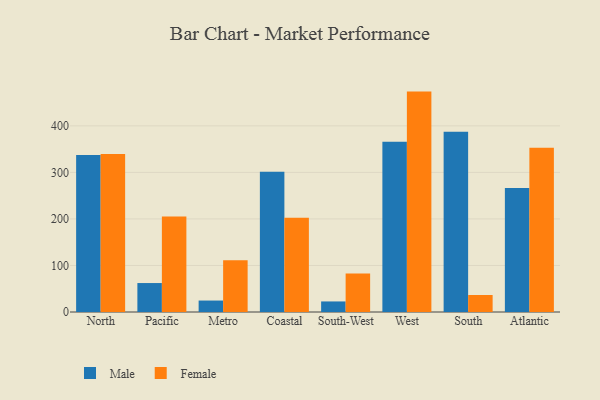
{"axis": {"x": "Region", "y": "Conversion Rate (%)"}, "legend": ["Female", "Male"], "data": [{"x": "North", "y": 337.2, "type": "Male"}, {"x": "North", "y": 339.6, "type": "Female"}, {"x": "Pacific", "y": 62.2, "type": "Male"}, {"x": "Pacific", "y": 205.3, "type": "Female"}, {"x": "Metro", "y": 24.6, "type": "Male"}, {"x": "Metro", "y": 111.3, "type": "Female"}, {"x": "Coastal", "y": 301.6, "type": "Male"}, {"x": "Coastal", "y": 202.3, "type": "Female"}, {"x": "South-West", "y": 22.7, "type": "Male"}, {"x": "South-West", "y": 82.6, "type": "Female"}, {"x": "West", "y": 365.8, "type": "Male"}, {"x": "West", "y": 473.6, "type": "Female"}, {"x": "South", "y": 387.4, "type": "Male"}, {"x": "South", "y": 36.5, "type": "Female"}, {"x": "Atlantic", "y": 266.6, "type": "Male"}, {"x": "Atlantic", "y": 353.0, "type": "Female"}]}